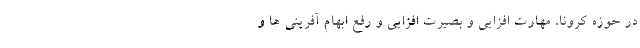
در حوزه کرونا، مهارت افزایی و بصیرت افزایی و رفع ابهام آفرینی ها و